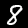
Digit: 8